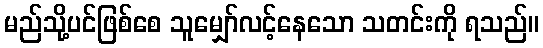
မည်သို့ပင်ဖြစ်စေ သူမျှော်လင့်နေသော သတင်းကို ရသည်။